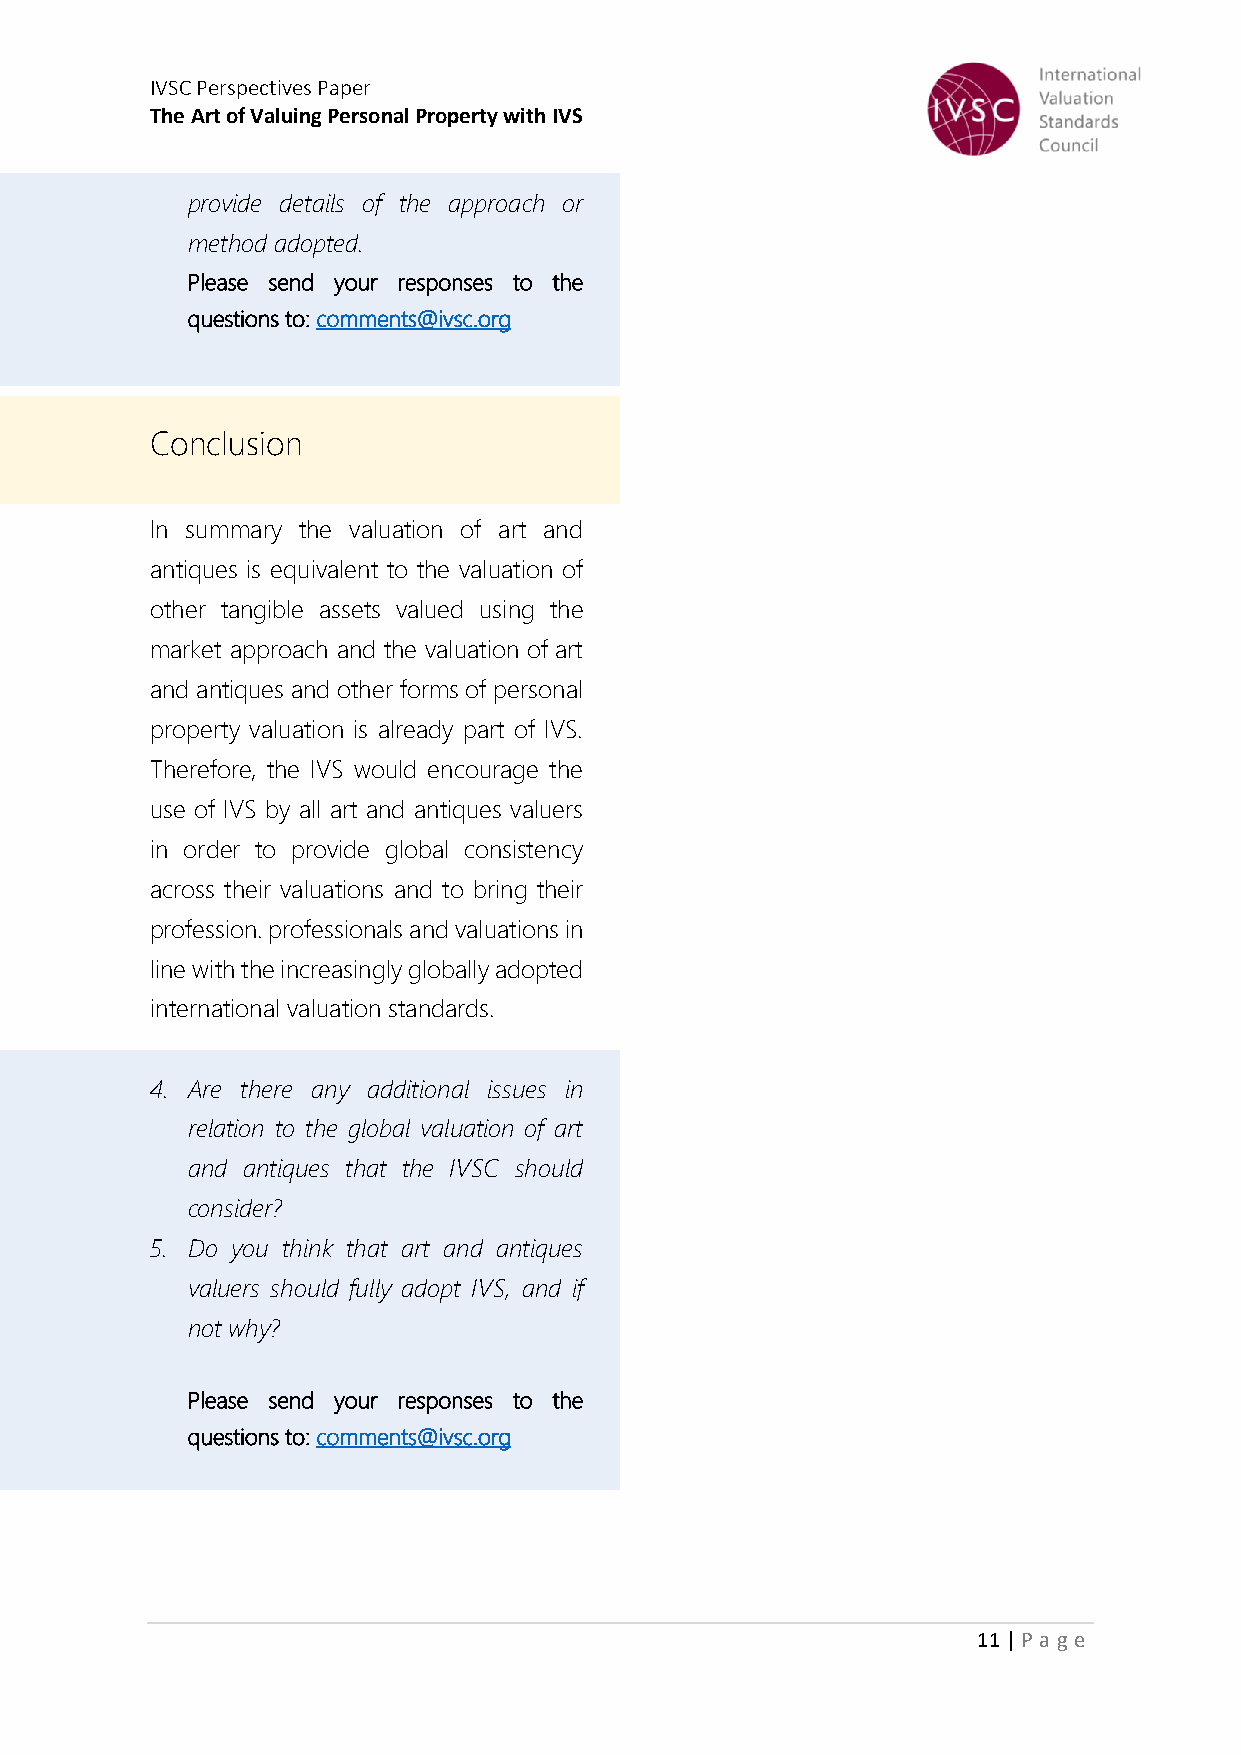
IVSC Perspectives Paper
 The Art of Valuing Personal Property with IVS
 provide details of the approach or
 method adopted.
 Please send your responses to the
 questions to: comments@ivsc.org
 Conclusion
 In summary the valuation of art and
 antiques is equivalent to the valuation of
 other tangible assets valued using the
 market approach and the valuation of art
 and antiques and other forms of personal
 property valuation is already part of IVS.
 Therefore, the IVS would encourage the
 use of IVS by all art and antiques valuers
 in order to provide global consistency
 across their valuations and to bring their
 profession. professionals and valuations in
 line with the increasingly globally adopted
 international valuation standards.
 4. Are there any additional issues in
 relation to the global valuation of art
 and antiques that the IVSC should
 consider?
 5. Do you think that art and antiques
 valuers should fully adopt IVS, and if
 not why?
 Please send your responses to the
 questions to: comments@ivsc.org
 11 | P age